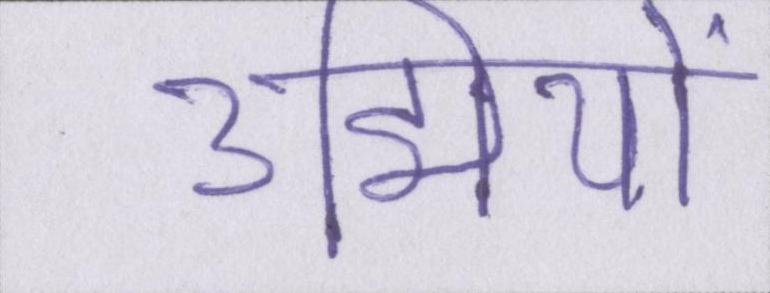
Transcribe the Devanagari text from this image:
उद्मियों